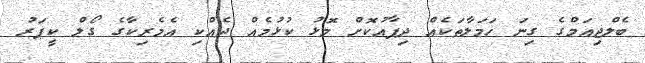
ބެލްޖިއަމްގެ ގިނަ ހަމަލާތަކެއް ދިފާއުކޮށް މޮޅު ކުޅުމެއް ދެއްކި އެމެރިކާގެ ގޯލް ކީޕަރު